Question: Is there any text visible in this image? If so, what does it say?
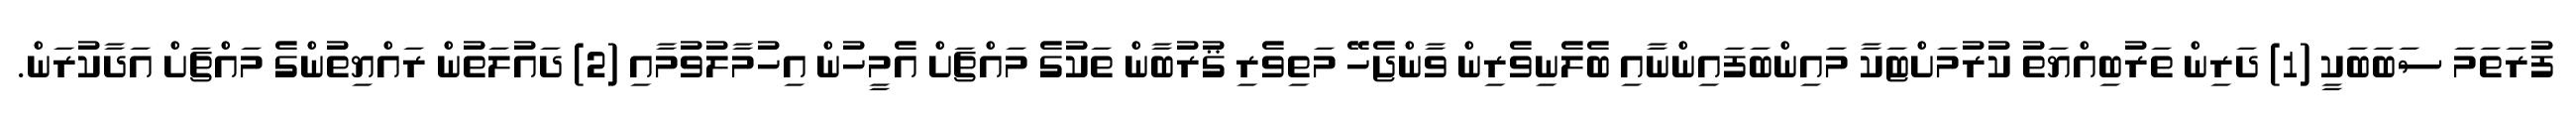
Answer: ފުރަތަމަ ސަބަބަކީ (1) ދަރިން ތަރުބިއްޔަތު ކުރުމަށްޓަކާ މައިންބަފައިންނާއި ބެލެނިވެރިން ވާންޖެހޭ މަތިވެރި ޤުރުބާން ތަކުގެ މައްޗަށް އެމީހުން އިހުމާލުވުމާއި (2) ދައުލަތުން ރައްޔިތުންގެ މައްޗަށް އަދާކުރަން.